Indian journal of veterinary science and animal husbandry - Volumes 22-23, 1952-1953
Year: 1952
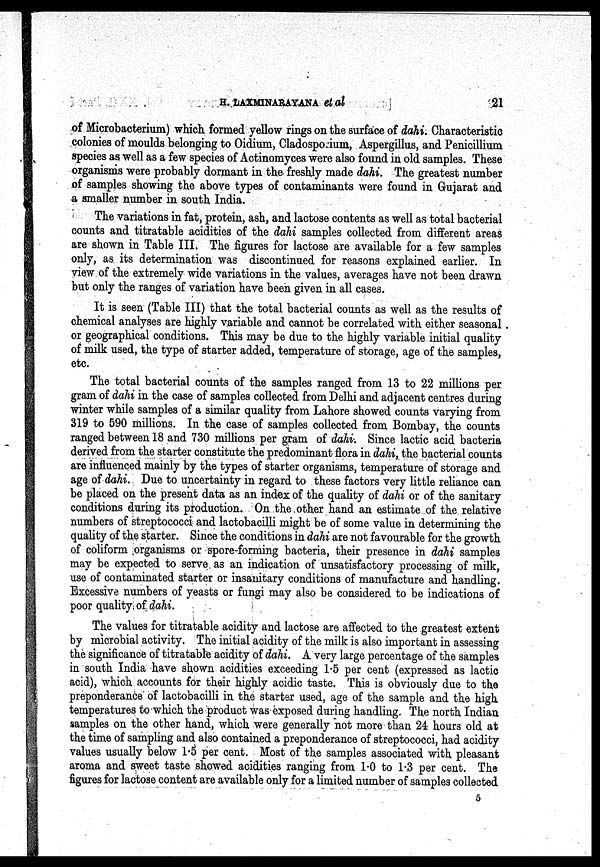
H.
LAXMINARAYANA
et
al
21
of Microbacterium) which formed yellow rings on the surface of dahi. Characteristic
colonies of moulds belonging to Oidium, Cladosporium, Aspergillus, and Penicillium
species as well as a few species of Actinomyces were also found in old samples. These
organisms were probably dormant in the freshly made dahi. The greatest number
of samples showing the above types of contaminants were found in Gujarat and
a smaller number in south India.
The variations in fat, protein, ash, and lactose contents as well as total bacterial
counts and titratable acidities of the dahi samples collected from different areas
are shown in Table III. The figures for lactose are available for a few samples
only, as. its determination was discontinued for reasons explained earlier. In
view of the extremely wide variations in the values, averages have not been drawn
but only the ranges of variation have been given in all cases.
It is seen (Table III) that the total bacterial counts as well as the results of
chemical analyses are highly variable and cannot be correlated with either seasonal
or geographical conditions. This may be due to the highly variable initial quality
of milk used, the type of starter added, temperature of storage, age of the samples,
etc.
The total bacterial counts of the samples ranged from 13 to 22 millions per
gram of dahi in the case of samples collected from Delhi and adjacent centres during
winter while samples of a similar quality from Lahore showed counts varying from
319 to 590 millions. In the case of samples collected from Bombay, the counts
ranged between 18 and 730 millions per gram of dahi. Since lactic acid bacteria
derived from the starter constitute the predominant flora in dahi, the bacterial counts
are influenced mainly by the types of starter organisms, temperature of storage and
age of dahi. Due to uncertainty in regard to these factors very little reliance can
be placed on the present data as an index of the quality of dahi or of the sanitary
conditions during its production. On the other hand an estimate of the relative
numbers of streptococci and lactobacilli might be of some value in determining the
quality of the starter. Since the conditions in dahi are not favourable for the growth
of coliform organisms or spore-forming bacteria, their presence in dahi samples
may be expected to serve as an indication of unsatisfactory processing of milk,
use of contaminated starter or insanitary conditions of manufacture and handling.
Excessive numbers of yeasts or fungi may also be considered to be indications of
poor quality of dahi.
The values for titratable acidity and lactose are affected to the greatest extent
by microbial activity. The initial acidity of the milk is also important in assessing
the significance of titratable acidity of dahi. A very large percentage of the samples
in south India have shown acidities exceeding 1.5 per cent (expressed as lactic
acid), which accounts for their highly acidic taste. This is obviously due to the
preponderance of lactobacilli in the starter used, age of the sample and the high
temperatures to which the product was exposed during handling. The north Indian
samples on the other hand, which were generally not more than 24 hours old at
the time of sampling and also contained a preponderance of streptococci, had acidity
values usually below 1.5 per cent. Most of the samples associated with pleasant
aroma and sweet taste showed acidities ranging from 1.0 to 1.3 per cent. The
figures for lactose content are available only for a limited number of samples collected
5